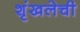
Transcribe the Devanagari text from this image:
शृंखलेची